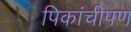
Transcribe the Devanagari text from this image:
पिकांचीपण